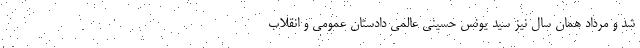
شد و مرداد همان سال نیز سید یونس حسینی عالمی دادستان عمومی و انقلاب